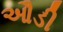
ઔડી